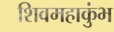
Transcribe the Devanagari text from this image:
शिवमहाकुंभ